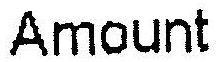
AMOUNT